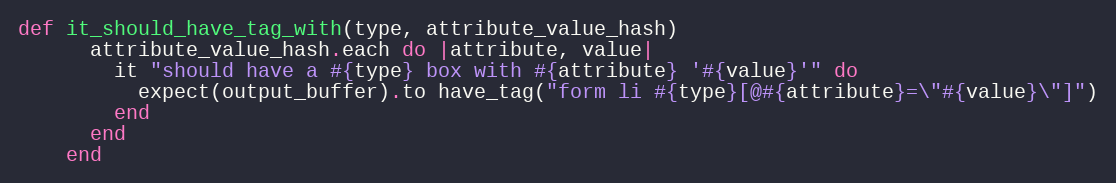
Language: Ruby
def it_should_have_tag_with(type, attribute_value_hash)
      attribute_value_hash.each do |attribute, value|
        it "should have a #{type} box with #{attribute} '#{value}'" do
          expect(output_buffer).to have_tag("form li #{type}[@#{attribute}=\"#{value}\"]")
        end
      end
    end